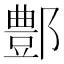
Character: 鄷